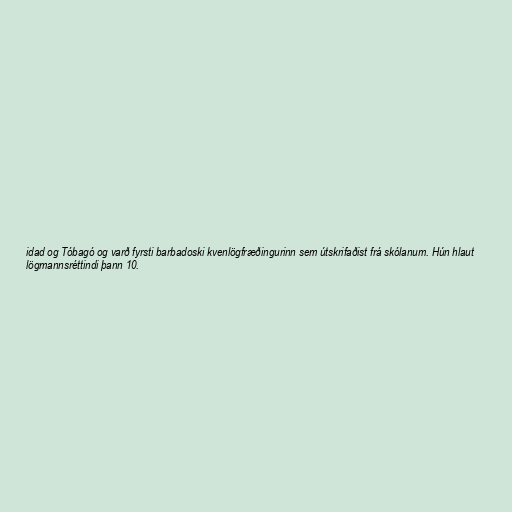
idad og Tóbagó og varð fyrsti barbadoski kvenlögfræðingurinn sem útskrifaðist frá skólanum. Hún hlaut
lögmannsréttindi þann 10.